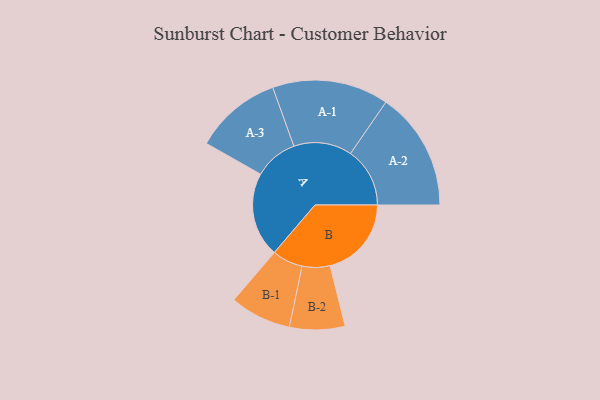
{"axis": {"x": "Segment", "y": "Value"}, "legend": ["", "A", "B"], "data": [{"x": "A", "y": 369, "type": ""}, {"x": "B", "y": 355, "type": ""}, {"x": "A-1", "y": 254, "type": "A"}, {"x": "A-2", "y": 259, "type": "A"}, {"x": "A-3", "y": 190, "type": "A"}, {"x": "B-1", "y": 134, "type": "B"}, {"x": "B-2", "y": 121, "type": "B"}]}